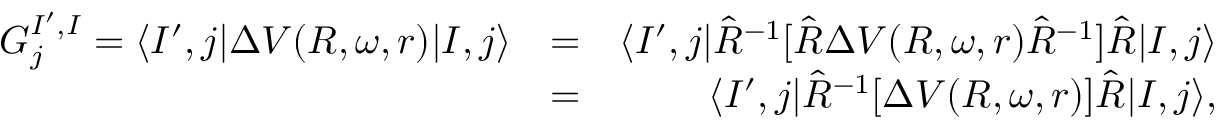
\begin{array} { r l r } { G _ { j } ^ { I ^ { \prime } , I } = \langle I ^ { \prime } , j | \Delta V ( R , \omega , r ) | I , j \rangle } & { = } & { \langle I ^ { \prime } , j | \hat { R } ^ { - 1 } [ \hat { R } \Delta V ( R , \omega , r ) \hat { R } ^ { - 1 } ] \hat { R } | I , j \rangle } \\ & { = } & { \langle I ^ { \prime } , j | \hat { R } ^ { - 1 } [ \Delta V ( R , \omega , r ) ] \hat { R } | I , j \rangle , } \end{array}